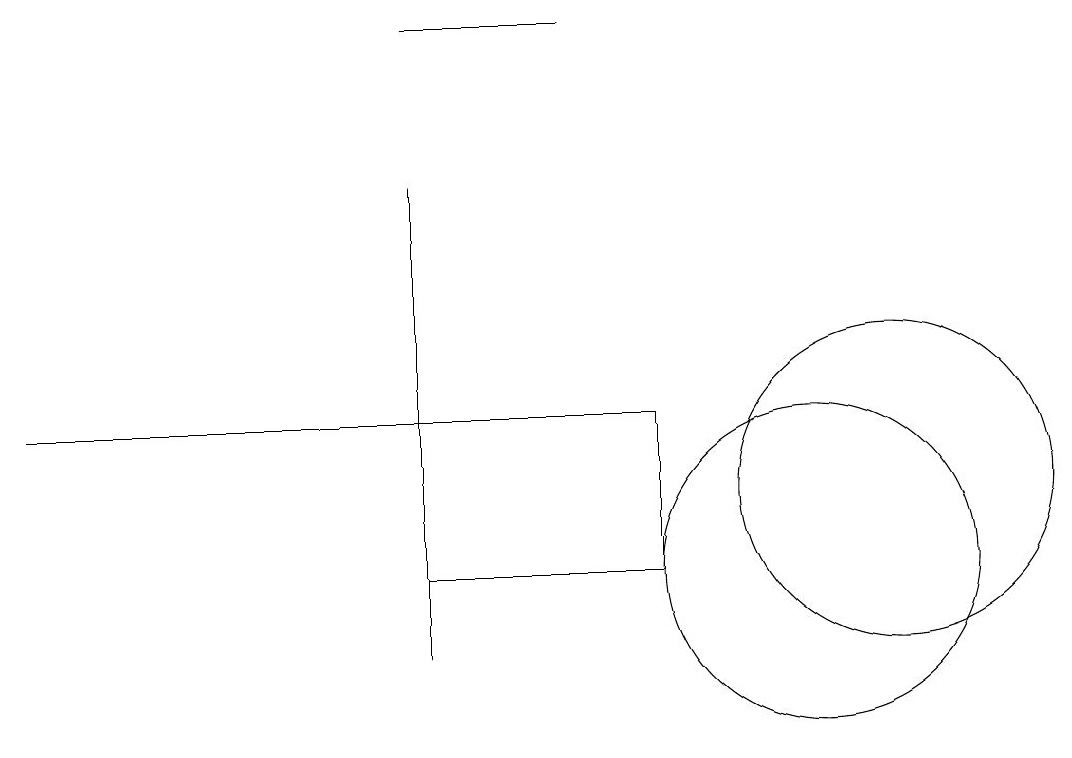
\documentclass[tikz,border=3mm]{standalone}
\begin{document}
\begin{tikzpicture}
\draw (6,13) rectangle (0,13);
\draw (11,12) circle (2);
\draw (7,18) rectangle (5,18);
\draw (8,13) rectangle (5,11);
\draw (5,10) rectangle (5,16);
\draw (10,11) circle (2);
\draw (12,10) circle (0);
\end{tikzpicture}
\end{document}